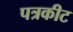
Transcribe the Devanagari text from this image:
पत्रकीट